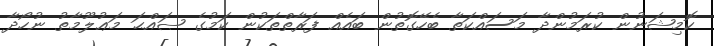
ކޮމިޝަނުން ކުރަމުންދާ މަސައްކަތާ ބެހޭގޮތުން ބައެއް ފަރާތްތަކުން ކަމުގެ ޞައްޙަަ މަޢުލޫމާތު ނުހޯދާ